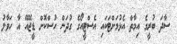
ސާދަ ބުރީގެ އިމާތް އެޅުމަށްޓަކައި އެސްޓީއޯގެ ގުދަން ހުސްކޮށް ޑީޖޭއޭ އާ ހަވާލު